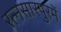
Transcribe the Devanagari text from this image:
रत्नसारपुरमें